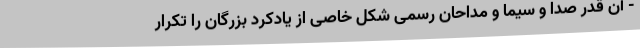
- آن قدر صدا و سیما و مداحان رسمی شکل خاصی از یادکرد بزرگان را تکرار